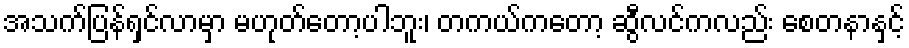
အသက်ပြန်ရှင်လာမှာ မဟုတ်တော့ပါဘူး၊ တကယ်ကတော့ ဆွီလင်ကလည်း စေတနာနှင့်